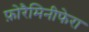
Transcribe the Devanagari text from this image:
फ़ोरैमिनीफेरा